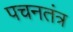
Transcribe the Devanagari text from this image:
पचनतंत्र